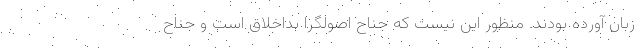
زبان آورده بودند. منظور این نیست که جناح اصولگرا بداخلاق است و جناح